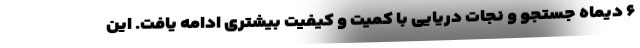
۶ دیماه جستجو و نجات دریایی با کمیت و کیفیت بیشتری ادامه یافت. این